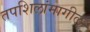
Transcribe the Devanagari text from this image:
तपशिलांमागील